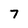
Character: 7